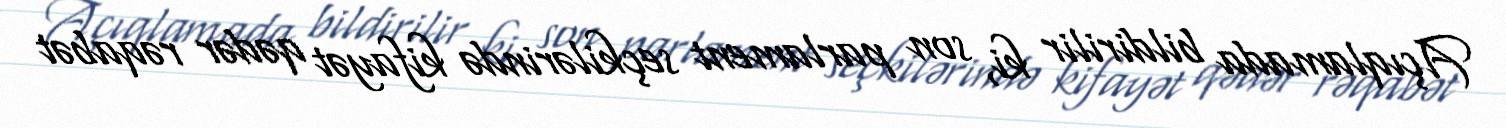
Açıqlamada bildirilir ki, son parlament seçkilərində kifayət qədər rəqabət